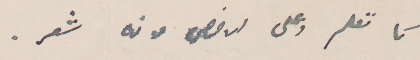
كما تعلم وعملي ارفض موته شعر.